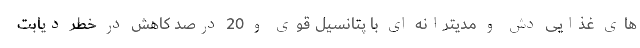
های غذایی دش و مدیترانه ای با پتانسیل قوی و 20 درصد کاهش در خطر دیابت